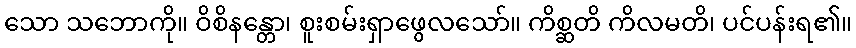
သော သဘောကို။ ဝိစိနန္တော၊ စူးစမ်းရှာဖွေလသော်။ ကိစ္ဆတိ ကိလမတိ၊ ပင်ပန်းရ၏။